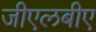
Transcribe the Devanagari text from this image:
जीएलबीए